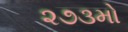
૨૭૩મો